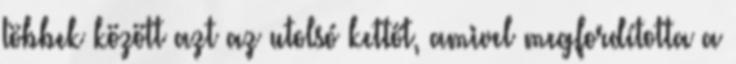
többek között azt az utolsó kettőt, amivel megfordította a